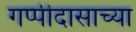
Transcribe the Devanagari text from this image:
गप्पीदासाच्या